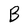
Character: B